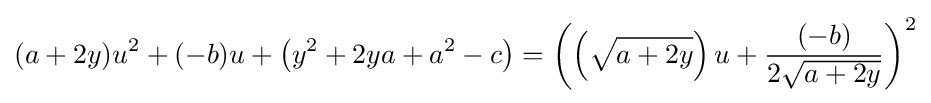
(a+2y)u^{2}+(-b)u+\left(y^{2}+2ya+a^{2}-c\right)=\left(\left({\sqrt {a+2y}}\right)u+{(-b) \over 2{\sqrt {a+2y}}}\right)^{2}